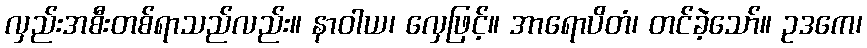
လှည်းအစီးတစ်ရာသည်လည်း။ နာဝါယ၊ လှေဖြင့်။ အာရောပိတံ၊ တင်ခဲ့သော်။ ဥဒကေ၊